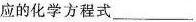
应的化学方程式___